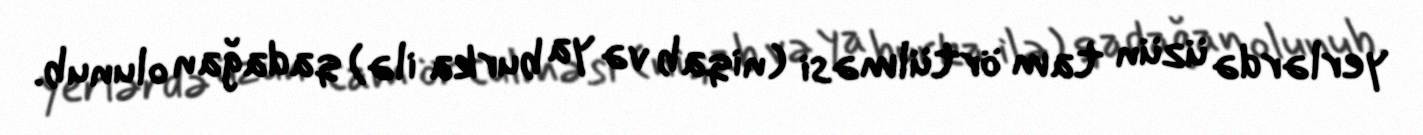
yerlərdə üzün tam örtülməsi (niqab və ya burka ilə) qadağan olunub.